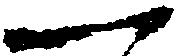
一